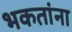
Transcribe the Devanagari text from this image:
भकतांना